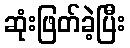
ဆုံးဖြတ်ခဲ့ပြီး